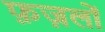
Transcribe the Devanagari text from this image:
फ़ज़लों